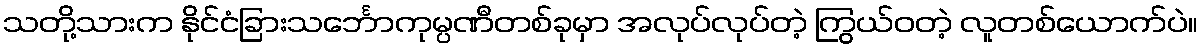
သတို့သားက နိုင်ငံခြားသင်္ဘောကုမ္ပဏီတစ်ခုမှာ အလုပ်လုပ်တဲ့ ကြွယ်ဝတဲ့ လူတစ်ယောက်ပဲ။